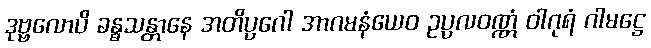
ဒုဗ္ဗလောပိ ခန္ဓသန္တာနေ အတိပ္ပဂေါ အာဂမနံယေဝ ဥပ္ပလဝဏ္ဏံ ဝါဂုရံ ဂါမဋ္ဌေ